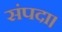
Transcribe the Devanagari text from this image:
संपदा।